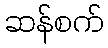
ဆန်စက်